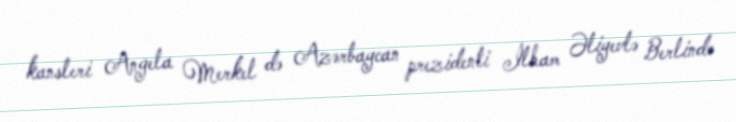
kansleri Angela Merkel də Azərbaycan prezidenti İlham Əliyevlə Berlində